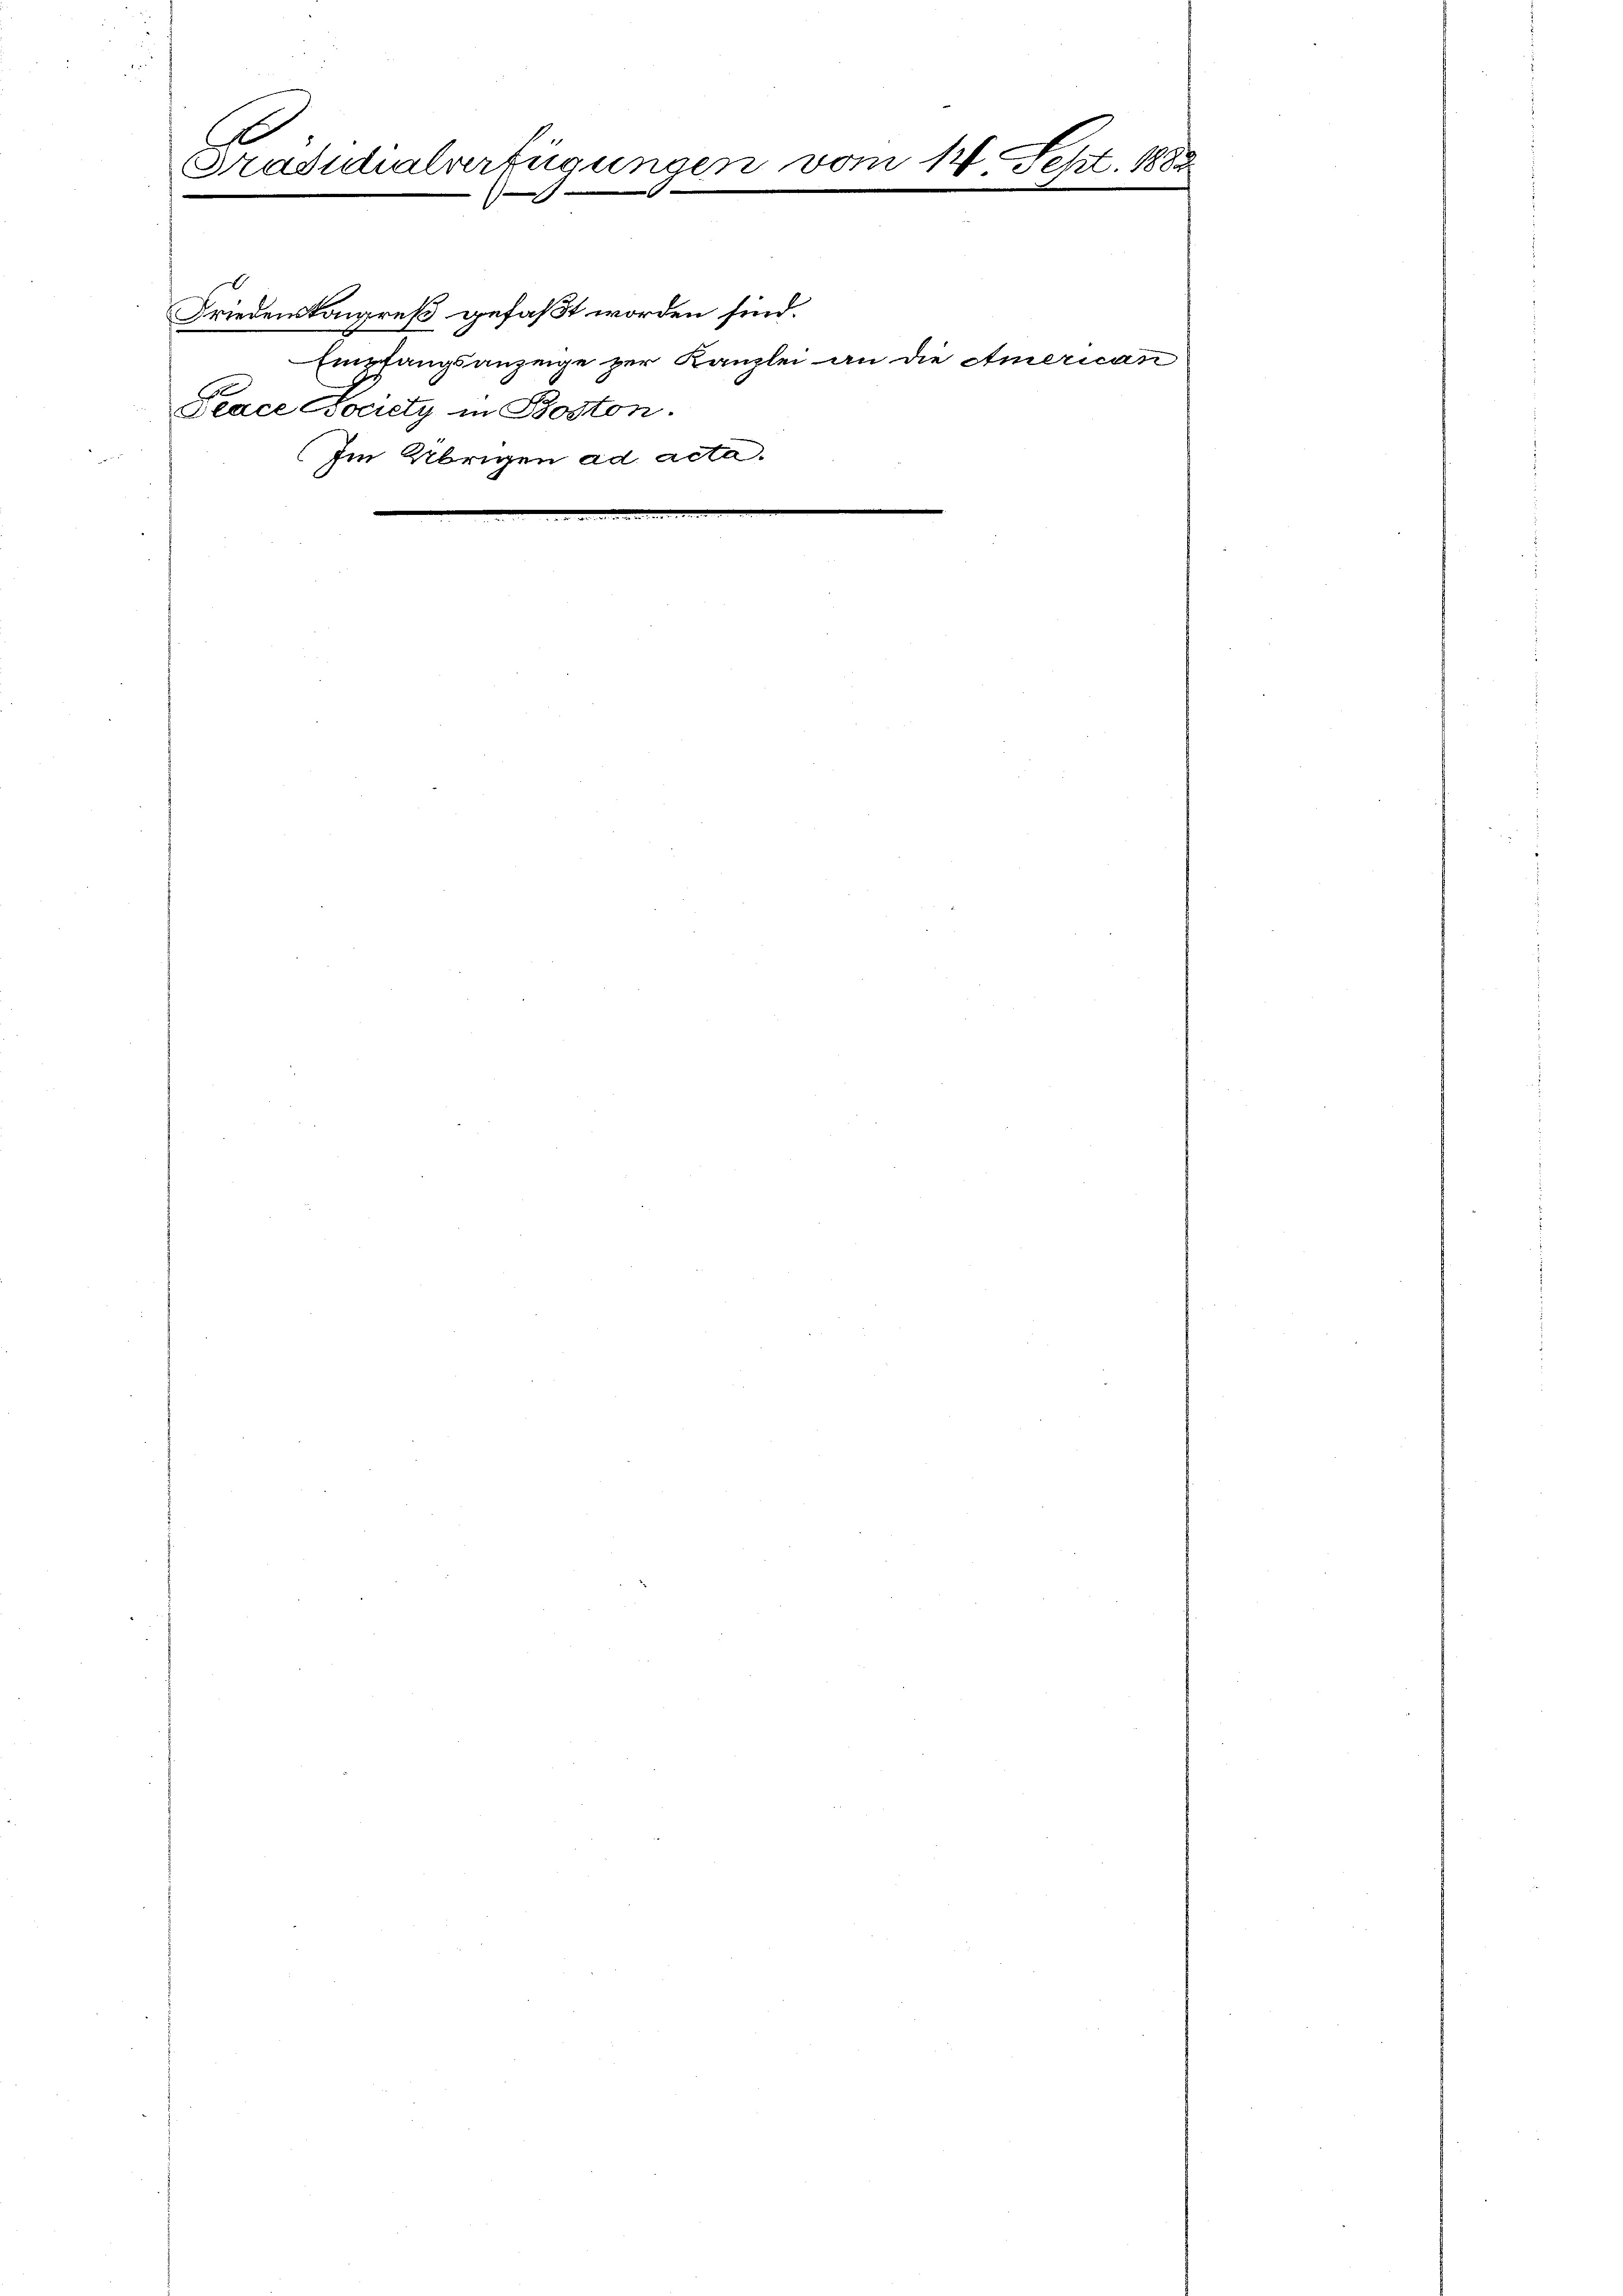
E
Sradidialverfügungen vom 14. Sept. 1883
“

.

Friedenskongreß gefaßt worden sind.
E
Jeace Society in Boston.
Im Übrigen ad acta.

Empfangsanzeige zur Kanzlei an die American